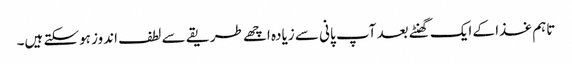
تاہم غذا کے ایک گھنٹے بعد آپ پانی سے زیادہ اچھے طریقے سے لطف اندوز ہوسکتے ہیں۔